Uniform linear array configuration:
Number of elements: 48
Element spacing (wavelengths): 0.25
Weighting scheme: exponential
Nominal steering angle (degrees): -45
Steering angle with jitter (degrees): -45.62
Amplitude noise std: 0.05
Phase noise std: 0.05

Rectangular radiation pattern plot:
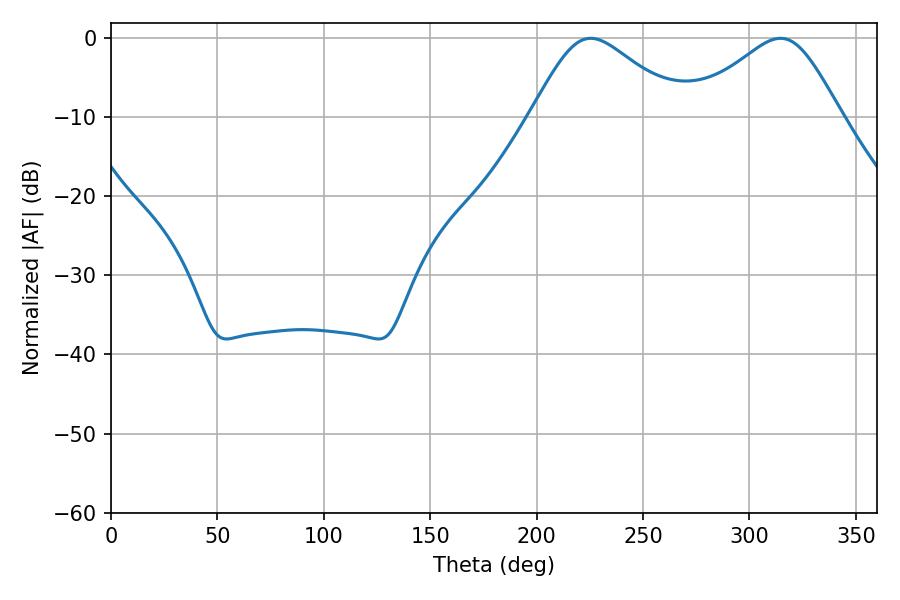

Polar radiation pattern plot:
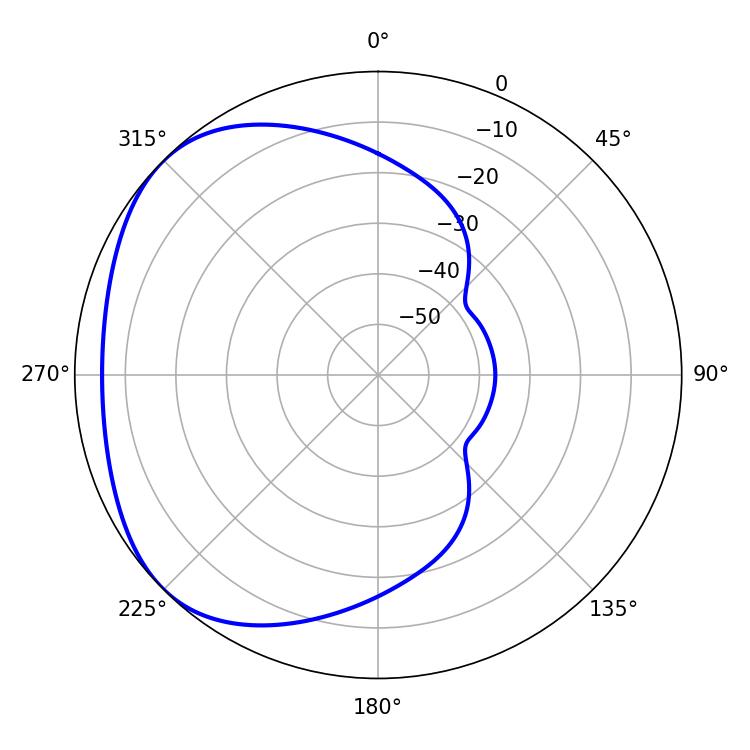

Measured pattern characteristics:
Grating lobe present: FALSE
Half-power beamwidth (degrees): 34.92
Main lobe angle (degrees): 225.36